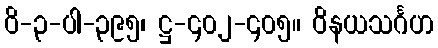
ဝိ-၃-ပါ-၃၉၅၊ ဋ္ဌ-၄၀၂-၄၀၅။ ဝိနယသင်္ဂဟ